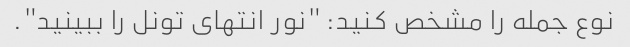
نوع جمله را مشخص کنید: "نور انتهای تونل را ببینید".